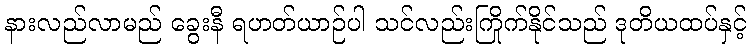
နားလည်လာမည် ခွေးနီ ရဟတ်ယာဉ်ပါ သင်လည်းကြိုက်နိုင်သည် ဒုတိယထပ်နှင့်